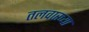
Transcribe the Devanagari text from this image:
तलवारच्या